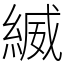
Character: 縅